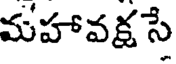
మహావక్షసే